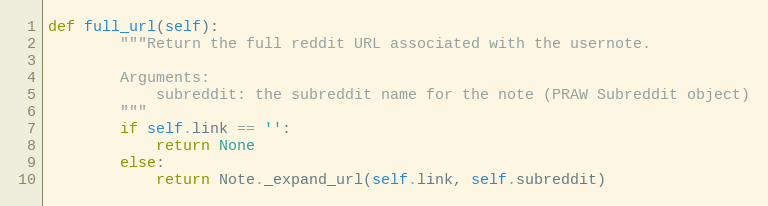
Language: Python
def full_url(self):
        """Return the full reddit URL associated with the usernote.

        Arguments:
            subreddit: the subreddit name for the note (PRAW Subreddit object)
        """
        if self.link == '':
            return None
        else:
            return Note._expand_url(self.link, self.subreddit)